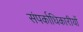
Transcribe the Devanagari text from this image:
संपर्काधिकारीयों